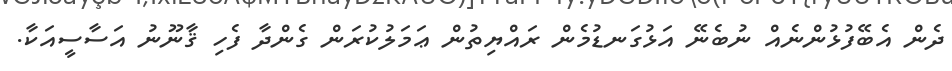
ދެން އެބޭފުޅުންނެއް ނުބެނޭ އަޅުގަނޑުމެން ރައްޔިތުން ޢަމަލުކުރަން ގެންދާ ފެހި ޤާނޫނު އަސާސީއަކާ.